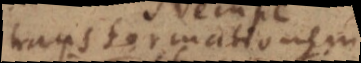
transformationem